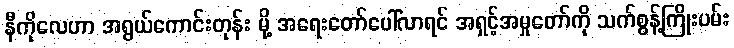
နီကိုလေဟာ အရွယ်ကောင်းတုန်း မို့ အရေးတော်ပေါ်လာရင် အရှင့်အမှုတော်ကို သက်စွန့်ကြိုးပမ်း